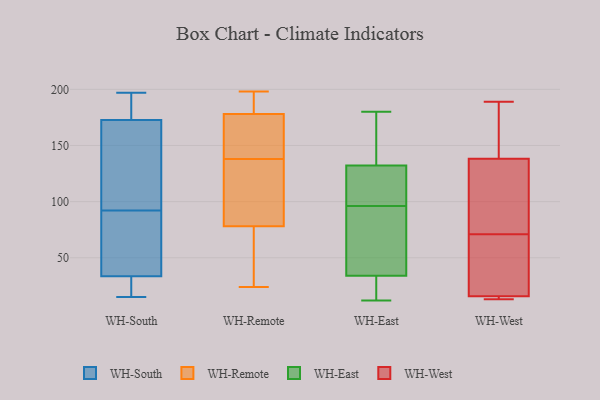
{"axis": {"x": "Inventory Turnover", "y": "Value"}, "legend": ["WH-East", "WH-Remote", "WH-South", "WH-West"], "data": [{"x": "", "y": 197, "type": "WH-South"}, {"x": "", "y": 15, "type": "WH-South"}, {"x": "", "y": 174, "type": "WH-South"}, {"x": "", "y": 44, "type": "WH-South"}, {"x": "", "y": 184, "type": "WH-South"}, {"x": "", "y": 92, "type": "WH-South"}, {"x": "", "y": 35, "type": "WH-South"}, {"x": "", "y": 33, "type": "WH-South"}, {"x": "", "y": 95, "type": "WH-South"}, {"x": "", "y": 93, "type": "WH-South"}, {"x": "", "y": 28, "type": "WH-South"}, {"x": "", "y": 16, "type": "WH-South"}, {"x": "", "y": 169, "type": "WH-South"}, {"x": "", "y": 195, "type": "WH-South"}, {"x": "", "y": 45, "type": "WH-South"}, {"x": "", "y": 36, "type": "WH-Remote"}, {"x": "", "y": 117, "type": "WH-Remote"}, {"x": "", "y": 181, "type": "WH-Remote"}, {"x": "", "y": 193, "type": "WH-Remote"}, {"x": "", "y": 168, "type": "WH-Remote"}, {"x": "", "y": 114, "type": "WH-Remote"}, {"x": "", "y": 198, "type": "WH-Remote"}, {"x": "", "y": 175, "type": "WH-Remote"}, {"x": "", "y": 126, "type": "WH-Remote"}, {"x": "", "y": 42, "type": "WH-Remote"}, {"x": "", "y": 24, "type": "WH-Remote"}, {"x": "", "y": 150, "type": "WH-Remote"}, {"x": "", "y": 108, "type": "WH-East"}, {"x": "", "y": 132, "type": "WH-East"}, {"x": "", "y": 36, "type": "WH-East"}, {"x": "", "y": 133, "type": "WH-East"}, {"x": "", "y": 18, "type": "WH-East"}, {"x": "", "y": 166, "type": "WH-East"}, {"x": "", "y": 105, "type": "WH-East"}, {"x": "", "y": 96, "type": "WH-East"}, {"x": "", "y": 12, "type": "WH-East"}, {"x": "", "y": 38, "type": "WH-East"}, {"x": "", "y": 83, "type": "WH-East"}, {"x": "", "y": 28, "type": "WH-East"}, {"x": "", "y": 180, "type": "WH-East"}, {"x": "", "y": 189, "type": "WH-West"}, {"x": "", "y": 121, "type": "WH-West"}, {"x": "", "y": 13, "type": "WH-West"}, {"x": "", "y": 133, "type": "WH-West"}, {"x": "", "y": 159, "type": "WH-West"}, {"x": "", "y": 14, "type": "WH-West"}, {"x": "", "y": 16, "type": "WH-West"}, {"x": "", "y": 66, "type": "WH-West"}, {"x": "", "y": 15, "type": "WH-West"}, {"x": "", "y": 23, "type": "WH-West"}, {"x": "", "y": 71, "type": "WH-West"}, {"x": "", "y": 154, "type": "WH-West"}, {"x": "", "y": 114, "type": "WH-West"}]}